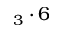
_ 3 \cdot 6